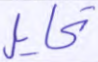
تحايل